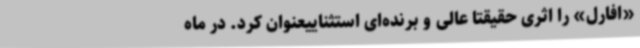
«افارل» را اثری حقیقتا عالی و برنده‌ای استثناییعنوان کرد. در ماه